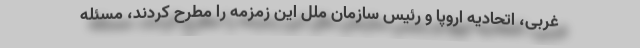
غربی، اتحادیه اروپا و رئیس سازمان ملل این زمزمه را مطرح کردند، مسئله